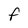
Character: f